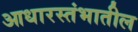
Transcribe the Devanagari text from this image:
आधारस्तंभातील